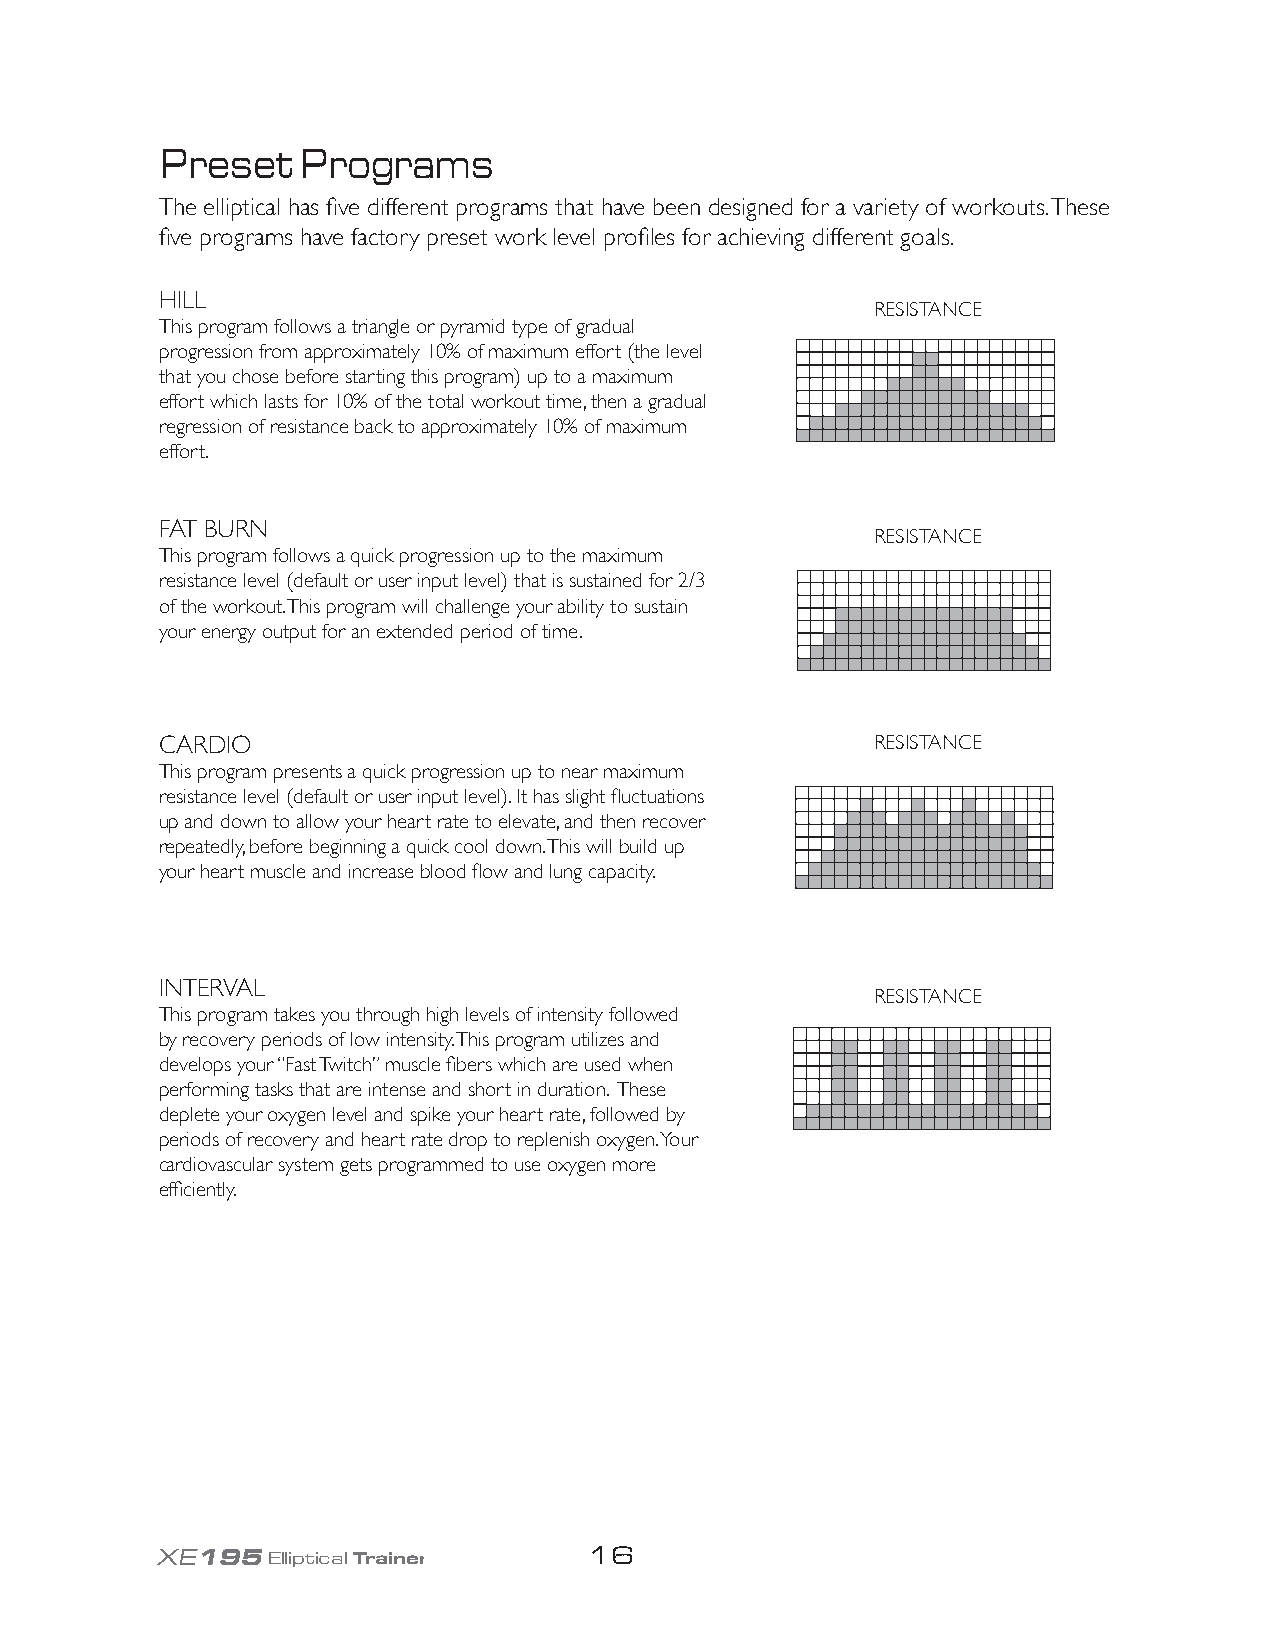
Preset   Programs
 The elliptical has five different programs that have been designed for a variety of workouts. These
 five programs have factory preset work level profiles for achieving different goals.
 HILL
 RESISTANCE
 This program follows a triangle or pyramid type of gradual
 progression from approximately 10% of maximum effort (the level
 that you chose before starting this program) up to a maximum
 effort which lasts for 10% of the total workout time, then a gradual
 regression of resistance back to approximately 10% of maximum
 effort.
 FAT BURN
 RESISTANCE
 This program follows a quick progression up to the maximum
 resistance level (default or user input level) that is sustained for 2/3
 of the workout. This program will challenge your ability to sustain
 your energy output for an extended period of time.
 CARDIO                                         RESISTANCE
 This program presents a quick progression up to near maximum
 resistance level (default or user input level). It has slight fluctuations
 up and down to allow your heart rate to elevate, and then recover
 repeatedly, before beginning a quick cool down. This will build up
 your heart muscle and increase blood flow and lung capacity.
 INTERVAL
 RESISTANCE
 This program takes you through high levels of intensity followed
 by recovery periods of low intensity. This program utilizes and
 develops your “Fast Twitch” muscle fibers which are used when
 performing tasks that are intense and short in duration. These
 deplete your oxygen level and spike your heart rate, followed by
 periods of recovery and heart rate drop to replenish oxygen. Your
 cardiovascular system gets programmed to use oxygen more
 efficiently.
 XE195Elliptical Trainer      16